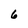
Character: 6